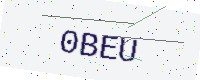
Text: 0BEU